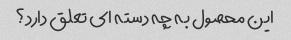
این محصول به چه دسته ای تعلق دارد؟